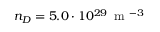
n _ { D } = 5 . 0 \cdot 1 0 ^ { 2 9 } \, \mathrm { ~ m ~ } ^ { - 3 }